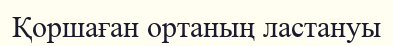
Қоршаған ортаның ластануы